Bréfritari: Friðbjörn Bjarnarson
Viðtakandi: Einar Friðgeirsson
Dagsetning: A-1879-05-12
Skrifað á: Miðvík  S-Þing.

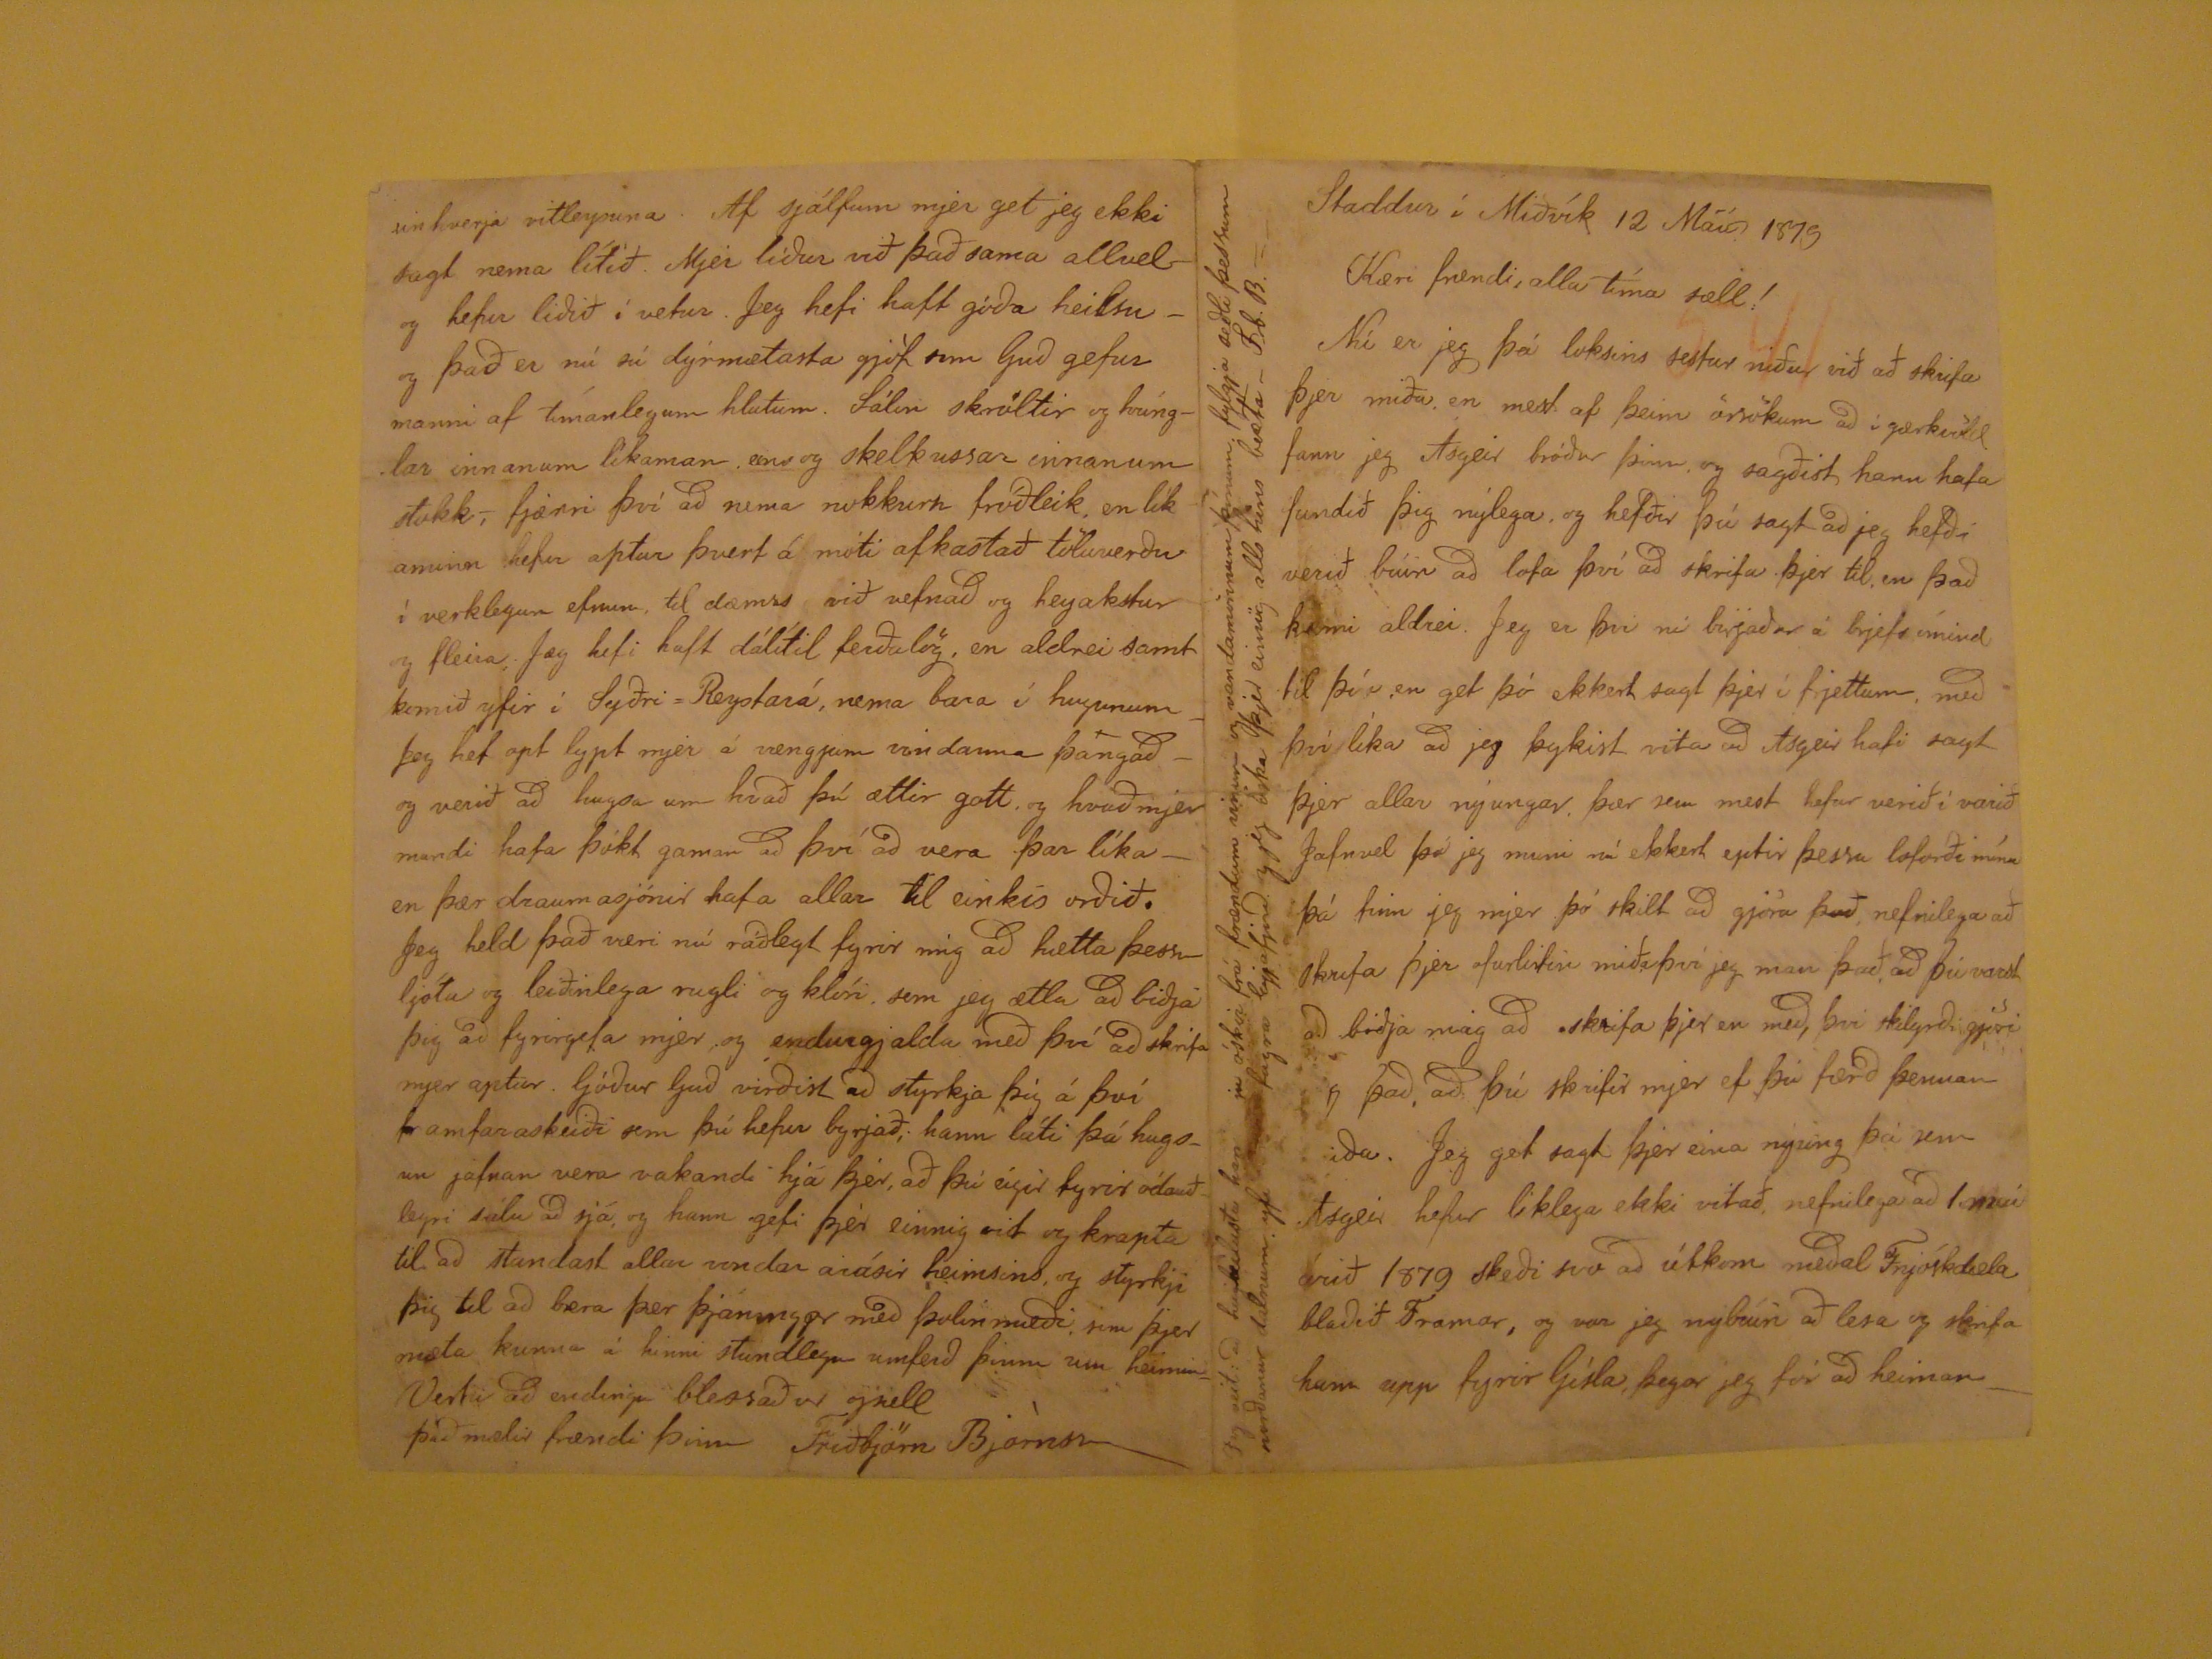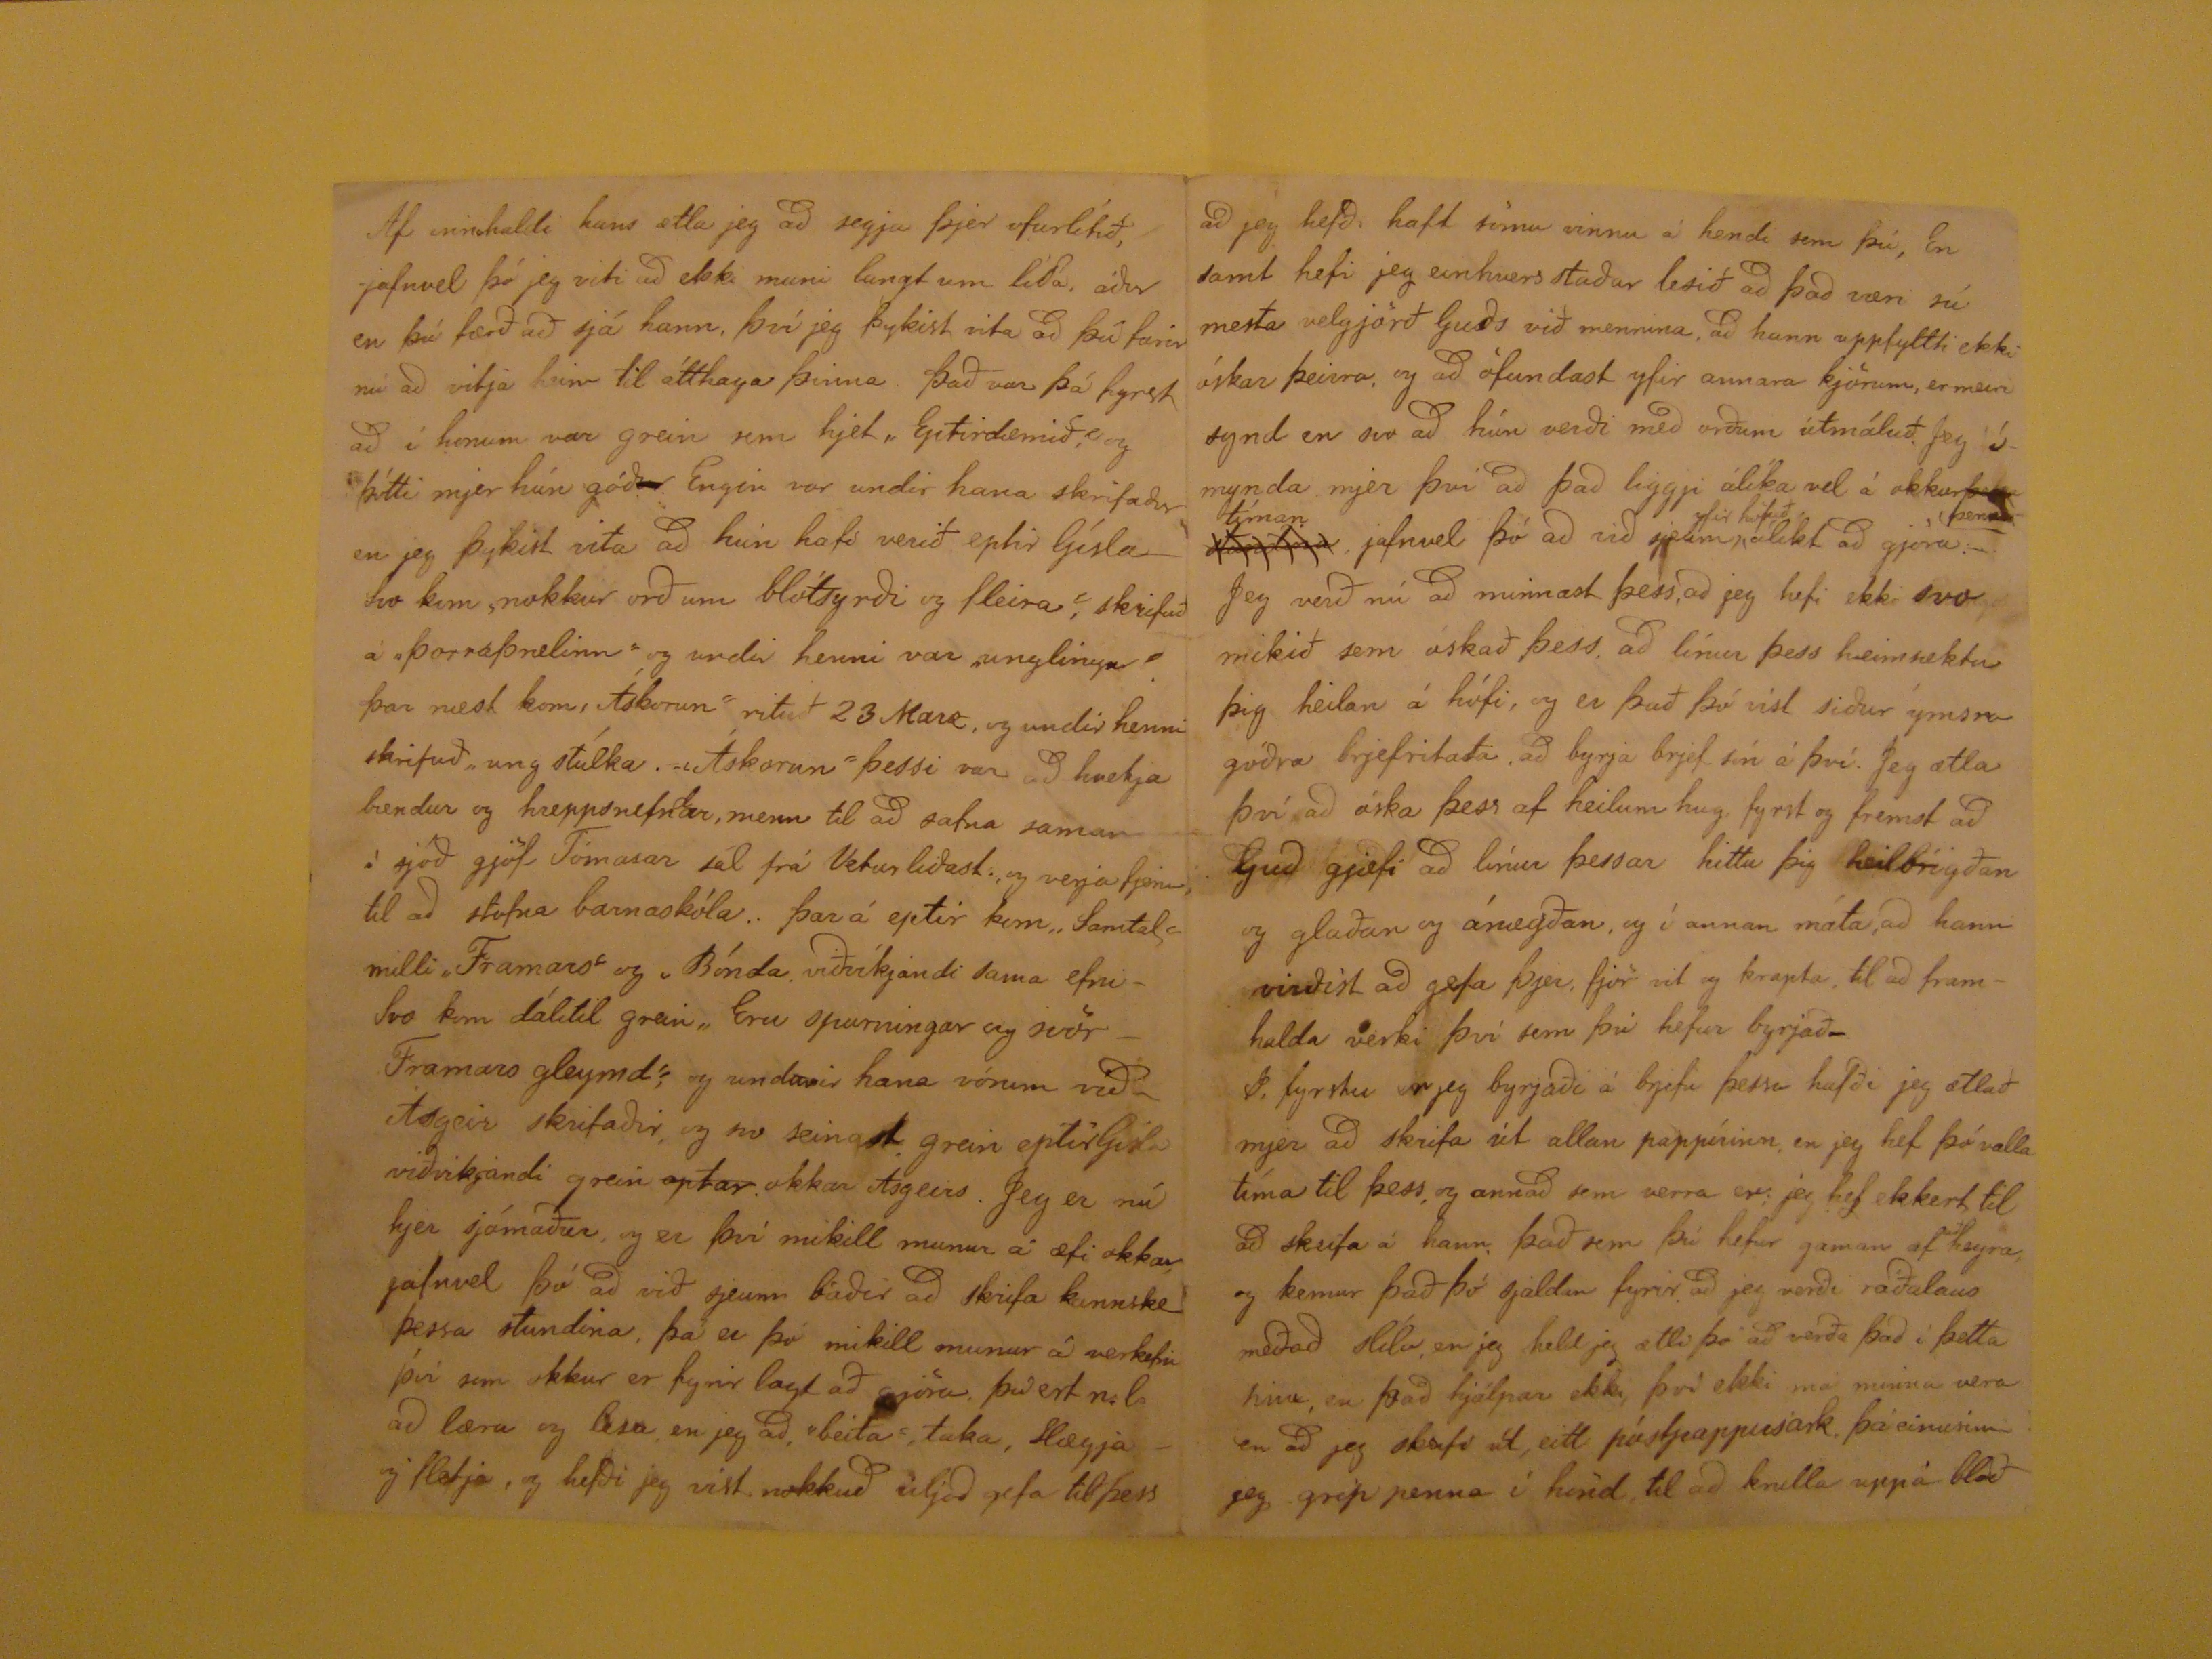

Staddur í Miðvík 12
Máú
1879
Kæri frændi, alla tíma sæll!
Nú er jeg þá loksins sestur niður við að skrifa þjer miða, en mest af þeim örsökum að í gærkvöld fann jeg Ásgeir bróður þinn, og sagðist hann hafa fundið þig
nýlega, og hafðir þú sagt að jeg hefði verið búin að lofa því að skrifa þjer til, en það kæmi aldrei. Jeg er þvi ní byrjaður á bréfs ímind til því, en get þó ekkert sagt
þjer í frjettum, með því líka að jeg þykist vita að Ásgeir hafi sagt þjer allar nýungar. þær sem mest hefur verið í varið Jefnvel þó jeg muni nú ekkert eptir þessu loforði
mínu þá finn jeg mjer þó skilt að gjöra það, nefnilega að skrifa þjer ofurlitin miða þvi jeg man það, að þú varst að biðja mig að skrifa þjer en með, þvi skilyrði gjöri
eg það, að þú skrifir mjer ef þú færð þennan miða. Jeg get sagt þjer eina nýung þá sem Ásgeir hefur liklega ekki vitað, nefnilega að
??
árið 1879
skeði svo að útkom meðal Fnjóskdæla blaðið Framar, og var jeg nybúin að lesa og skrifa hann upp fyrir Gísla, þegar jeg fór að heiman
place="leftmargin">
Jeg veit: að hugleilustu hamingju óskir frá frændum vinum og vandamönnum þínum. fylgja seðli þessum norðanur dalnum. yfi???
fagra??eyjafjörð. g jeg óska þjer einnig alls hins bezta_ Fb.B.
Af innihaldi hans ætla jeg að segja þjer ofurlítið, jafnvel þó jeg viti að ekki muni langt um líða, áður en þú færð að sjá hann, því jeg þykist vita að þú farir nú að
vitja veim til átthaga þinna Það var þá fyrst að í honum var grein sem hjet "Eptirdæmið," og þótti mjer hún góð
ur
Engin var undir hana skrifaður en jeg þykist vita að húnhafi verið eptir Gísla- Svo kem "nokkur orð um blótsyrði og fleira", skrifuð á "Þorraþrælinn" og undir henni var
"unglingu" . þar næst kom, Ásborun" rituð 23 Marz, og undir henni skrifuð "ung stúlka. "Áskorun" þessi var að hvetja bændur og hreppsnefndar, menn til að safna
saman á sjóð gjöf, Tómasar sál frá Veturliðast. og verja fjenu til að stofna barnaskóla. þar á eptir kom "Samtal milli "Framars" og , Bónda viðvíkjandi sama efni - Svo
kom dálitil grein "Eru spurningar og svör - Framars gleymd", og undanir hana vórum við - Ásgeir skrifaðir, og svo seinast grein eptir Gísla viðvíkjandi grein
optar
okkar Ásgeirs. JEg er nú hjer sjómaður, og er því mikill munur á æfi okkar, jafnvel þó að við sjeum báðir að
skrifa kannske þessa stundina, þá er þó mikill munur að verkefni því sem okkur er fyrir lagt að gjöra þu ert n.l. að læra og lesa en jeg að "beita, taka, slægja og fletja,
og hefði jeg vist nokkuð viljað gefa til þess
að jeg hefði haft sömu vinnu8 á hendi sem þú, En samt hefi jeg einhvers staðar lesið að það væri sú mesta velgjörð Guðs við mennina, að hann uppfyltti ekki
óskar þeirra, og að ófundast yfir annara kjörum, er meiri synd en svo að hún verði með orðum útmáluð. Jeg ímynda mjer þvi að það liggji álíka vel á okkur
hand="scribe" rend="overstrike">þe?? stundina
þennan
tíman
,
jafnvel þó að við sjeum
yfir höfuð
ólikt að gjöra. Jeg verð nú að minnast þess, að jeg hefi ekki svo mikið sem óskað
þess að línur þess heimsæktu þig heilan á húfi, og er það þó vist síður ymsra góðra brjefritaða, að byrja brjef sín á því. Jeg ætla því að óska þess af heilum hug, fyrst
og fremst að Guð gjefi að línur þessar hittu þig heilbrigðan og glaðan og ánægðan, og í annan máta, að hann virðist að gefa þjer, fjör vit og krapta, til að framhalda verki
því sem þú hefur byrjað_ I, fyrstu er jeg byrjðai á brjefi þessu hafði jeg ætlað mjer að skrifa út allan pappírinn, en jeg hef þó valla tíma til þess, og annað sem verra er;
jeg hef ekkert til að skrifa á hann, það sem þú hefur gaman af
að
heyra, og kemur það þó sjaldan fyrir að jeg verði
ráðalaus meðað slíla en jeg held jeg ætli þó að verða það í þetta sinn, en það hjálpar ekki, því ekki má minna vera en að jeg skafi
út
, eitt
póstpappirsark, þá einusinni jeg grip penna í hönd, til að knilla upp á blað
einhverja vitleysuna. Af sjálfum mjer get jeg ekki sagt nema lítið. Mjer líður við það sama allvel og hefur liðið í vetur. Jeg hefi haft góða heilsu - og það er nú sú
dýrmætasta gjöf sem Guð gefur manni af tímanlegum hlutum. Sálin skröltir og hrínglar innanum líkaman eins og skelkussar innanum stokk,- fjærri því að nema
nokkurt fróðleik, en líkamann hefur aptur þvert á móti af kastað töluverðu í verklegum efnum, til dæmis við vefnað og heyakstur og fleira; Jeg hefi haft dálítil
ferðalög, en aldrei samt komið yfir í Syðri=Reystará, nema bara íhugsunum _ Jeg hef opt lypt mjer á vængjum vindanna þangað - og verið að hugsa um hvað þú
ættir gott, og hvað mjer mundi hafa þókt gaman að því að vera þar líka - en þær draumasjónir hafa allar til einskis orðið. Jeg held það væri nú ráðlagt fyrir mig að
hætta þessu ljóta og leiðinlega rugli og klóri, sem jeg ætla að biðja þig að fyrirgefa mjer og endurgjalda með því að skrifa mjer aptur. Góður Guð virðist að styrkja þig
á því framfaraskeiði sem þú hefur byrjað; hann láti þá hugsun jafnan vera vakandi hjá þjer, að þú eigir fyrir ódauðlegri sálu að sjá, og hann gefi þjer einnig vit og krapta
til að standast alar vondar arásir heimsins, og styrkji þig til að bera þær þjáningar með þolinmæði sem þjer mæta kunna á hinni stundlegu umferð þinni um heiminn
Vertu að endingu blessaður og sæll
það mælir frændi þinn Friðbjörn Björnsson